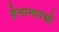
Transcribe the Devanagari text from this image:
हेमान्दपंथी